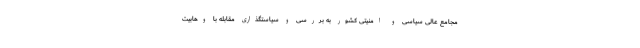
مجامع عالی سیاسی و امنیتی کشور به بررسی و سیاستگذاری مقابله با وهابیت